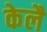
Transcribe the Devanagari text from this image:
केलै